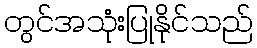
တွင်အသုံးပြုနိုင်သည်